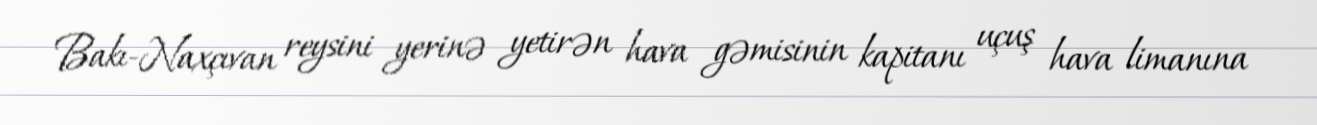
Bakı-Naxçıvan reysini yerinə yetirən hava gəmisinin kapitanı uçuş hava limanına